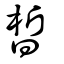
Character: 晳